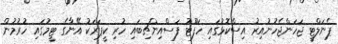
ޕެނަލްޓީ ޖަހަންޖެހުނުއިރު އިސްކޮޅުގައި ހަފޫޓު ފަސްއިންޗިބައި ހުރި ކީޕަރަކު އޭނާގެ ޓީމުގައި ހުރުމުން